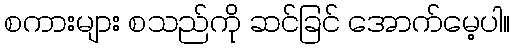
စကားများ စသည်ကို ဆင်ခြင် အောက်မေ့ပါ။